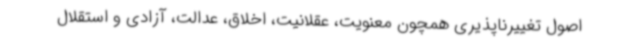
اصول تغییرناپذیری همچون معنویت، عقلانیت، اخلاق، عدالت، آزادی و استقلال